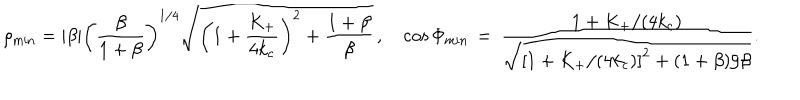
LaTeX: \rho _ { \mathrm { m i n } } = \vert \beta \vert \biggl ( \frac { \beta } { 1 + \beta } \biggr ) ^ { 1 / 4 } \sqrt { \biggl ( 1 + \frac { K _ { + } } { 4 k _ { \mathrm { c } } } \biggr ) ^ { 2 } + \frac { 1 + \beta } { \beta } } \, , \quad \cos \Phi _ { \mathrm { m i n } } \, = \, \frac { 1 + K _ { + } / ( 4 k _ { \mathrm { c } } ) } { \sqrt { \left[ 1 + K _ { + } / ( 4 k _ { \mathrm { c } } ) \right] ^ { 2 } + ( 1 + \beta ) / \beta } } .